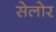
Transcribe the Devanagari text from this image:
सेलोर